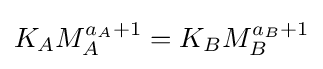
K_{A}M_{A}^{a_{A}+1}=K_{B}M_{B}^{a_{B}+1}